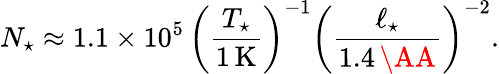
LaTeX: N_{\star}\approx 1.1\times 10^{5}\, \left(\frac{T_{\star}}{1\, \mathrm{K}}\right)^{-1}\left(\frac{\ell_{\star}}{1.4\, \AA}\right)^{-2}.